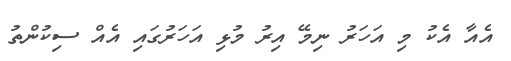
އެއާ އެކު މި އަހަރު ނިމޭ އިރު މުޅި އަހަރުގައި އެއް ސިކުންތު